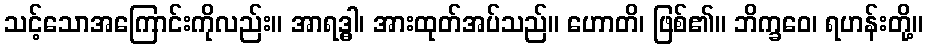
သင့်သောအကြောင်းကိုလည်း။ အာရဒ္ဓါ၊ အားထုတ်အပ်သည်။ ဟောတိ၊ ဖြစ်၏။ ဘိက္ခဝေ၊ ရဟန်းတို့။